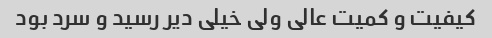
کیفیت و کمیت عالی ولی خیلی دیر رسید و سرد بود